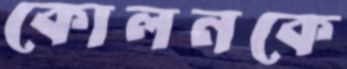
কোলনকে